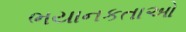
ભયાનકતાઓ